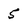
Character: 5